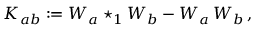
K _ { a b } : = { \cal W } _ { a } \star _ { 1 } { \cal W } _ { b } - { \cal W } _ { a } \, { \cal W } _ { b } \, ,